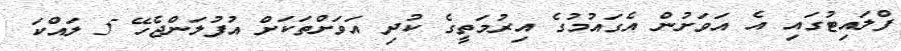
ފްލައިޓުގައި އެ އަވަށުން އެގައުމުގެ އިރުމަތީގެ ކުދި އަވަށްތަކަށް އުފުލަންޖެހޭ 5 ލައްކަ